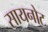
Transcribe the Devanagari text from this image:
सायनोट